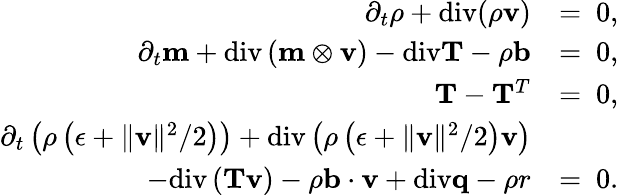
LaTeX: \begin{array}{rl}{\partial_{t}\rho+\mathrm{div}(\rho\mathbf{v})}&{=~0,}\\ {\partial_{t}\mathbf{m}+\mathrm{div}\left(\mathbf{m}\otimes\mathbf{v}\right)-\mathrm{div}\mathbf{T}-\rho\mathbf{b}}&{=~0,}\\ {\mathbf{T}-\mathbf{T}^{T}}&{=~0,}\\ {\partial_{t}\left(\rho\left(\epsilon+\| \mathbf{v}\| ^{2}/2\right)\right)+\mathrm{div}\left(\rho\left(\epsilon+\| \mathbf{v}\| ^{2}/2\right)\mathbf{v}\right)}&{}\\ {-\mathrm{div}\left(\mathbf{T}\mathbf{v}\right)-\rho\mathbf{b}\cdot\mathbf{v}+\mathrm{div}\mathbf{q}-\rho r}&{=~0.}\end{array}